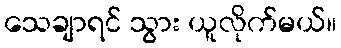
သေချာရင် သွား ယူလိုက်မယ်။